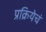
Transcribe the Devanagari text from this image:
प्रक्रियेचं